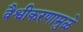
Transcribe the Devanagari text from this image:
वैश्वीकरणामुळे